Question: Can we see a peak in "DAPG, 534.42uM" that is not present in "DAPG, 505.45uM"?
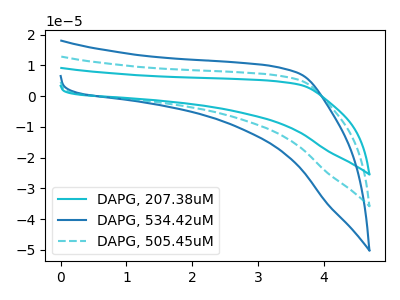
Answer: <think>The cyan curve "DAPG, 207.38uM" has no peaks. The blue curve "DAPG, 534.42uM" has no peaks. The cyan dashed curve "DAPG, 505.45uM" has no peaks.
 Neither "DAPG, 534.42uM" or "DAPG, 505.45uM" have any peaks.</think>
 <answer>No, "DAPG, 534.42uM" and "DAPG, 505.45uM" don't appear to be significantly different in shape</answer>
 <eval>no_change</eval>